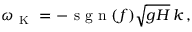
\omega _ { \mathrm { ~ K ~ } } = - \mathrm { ~ s ~ g ~ n ~ } ( f ) \sqrt { g H } \, k \, ,